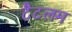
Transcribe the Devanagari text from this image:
टैटलम